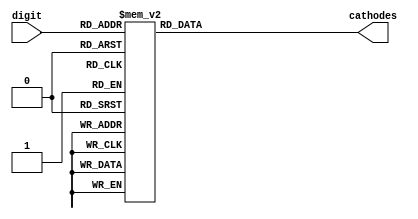
//2021-7-11 luke bcd7(hex)
`timescale 1ns/100ps

module BCD7(digit,cathodes);
input [3:0] digit;
output reg [7:0] cathodes;

always@(*) begin
    case(digit)
        0: begin cathodes<=8'b0111_1110; end
        1: begin cathodes<=8'b0000_1100; end
        2: begin cathodes<=8'b1011_0110; end
        3: begin cathodes<=8'b1001_1110; end
        4: begin cathodes<=8'b1100_1100; end
        5: begin cathodes<=8'b1101_1010; end
        6: begin cathodes<=8'b1111_1010; end
        7: begin cathodes<=8'b0000_1110; end
        8: begin cathodes<=8'b1111_1110; end
        9: begin cathodes<=8'b1101_1110; end
        10: begin cathodes<=8'b1110_1110; end
        11: begin cathodes<=8'b1111_1000; end
        12: begin cathodes<=8'b1011_0000; end
        13: begin cathodes<=8'b1011_1100; end
        14: begin cathodes<=8'b1111_0010; end
        15: begin cathodes<=8'b1110_0010; end
        default: begin cathodes<=8'b0000_0000; end
    endcase
end

endmodule